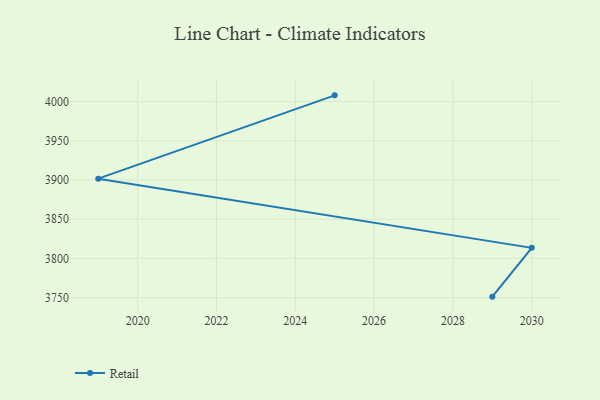
{"axis": {"x": "Year", "y": "Operating Costs (USD K)"}, "legend": ["Retail"], "data": [{"x": "2029", "y": 3751.3, "type": "Retail"}, {"x": "2030", "y": 3813.5, "type": "Retail"}, {"x": "2019", "y": 3901.7, "type": "Retail"}, {"x": "2025", "y": 4007.9, "type": "Retail"}]}